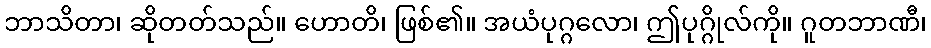
ဘာသိတာ၊ ဆိုတတ်သည်။ ဟောတိ၊ ဖြစ်၏။ အယံပုဂ္ဂလော၊ ဤပုဂ္ဂိုလ်ကို။ ဂူတဘာဏီ၊